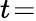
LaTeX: t\! =